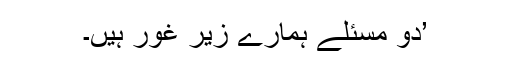
’دو مسئلے ہمارے زیرِ غور ہیں۔